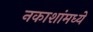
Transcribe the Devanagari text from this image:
नकाशांमध्ये